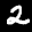
Label: 2